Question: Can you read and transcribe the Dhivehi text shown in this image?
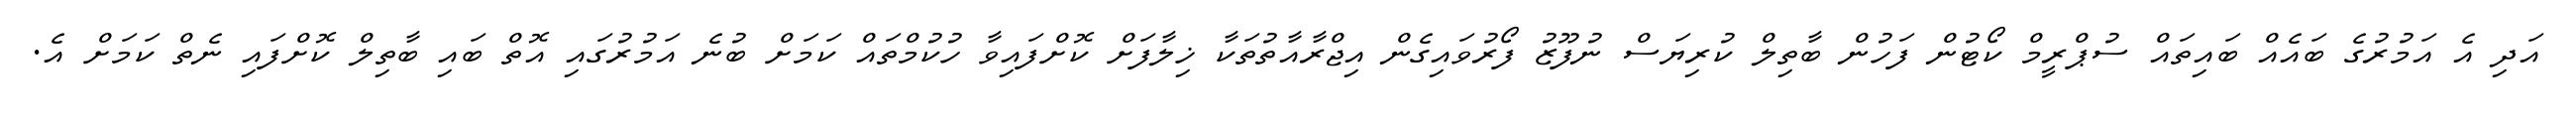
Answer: އަދި އެ އަމުރުގެ ބައެއް ބައިތައް ސުޕްރީމް ކޯޓުން ފަހުން ބާތިލް ކުރިޔަސް ނުފޫޒު ފޯރުވައިގެން އިޖްރާއާތުތަކާ ޚިލާފަށް ކޮށްފައިވާ ހުކުމްތައް ކަމަށް ބުނެ އަމުރުގައި އޮތް ބައި ބާތިލް ކޮށްފައި ނެތް ކަމަށް އެ.